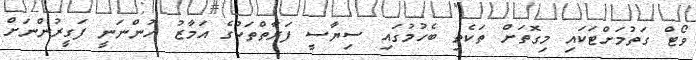
ވޯޓް ގަތުމަށްޓަކައި މިގޮތަށް ތަކެތި ބެހުމުގައި ސިޔާސީ ފަރާތްތަކުގެ އަމާޒު ހުންނަނީ ފަގީރުންނަށް